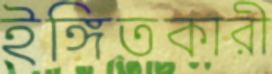
ইঙ্গিতকারী